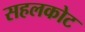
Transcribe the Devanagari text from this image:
सहलकोट